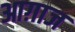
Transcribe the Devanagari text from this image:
आग़ाज